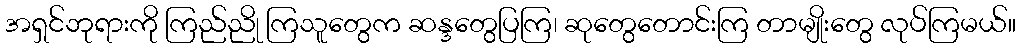
အရှင်ဘုရားကို ကြည်ညို ကြသူတွေက ဆန္ဒတွေပြကြ၊ ဆုတွေတောင်းကြ တာမျိုးတွေ လုပ်ကြမယ်။